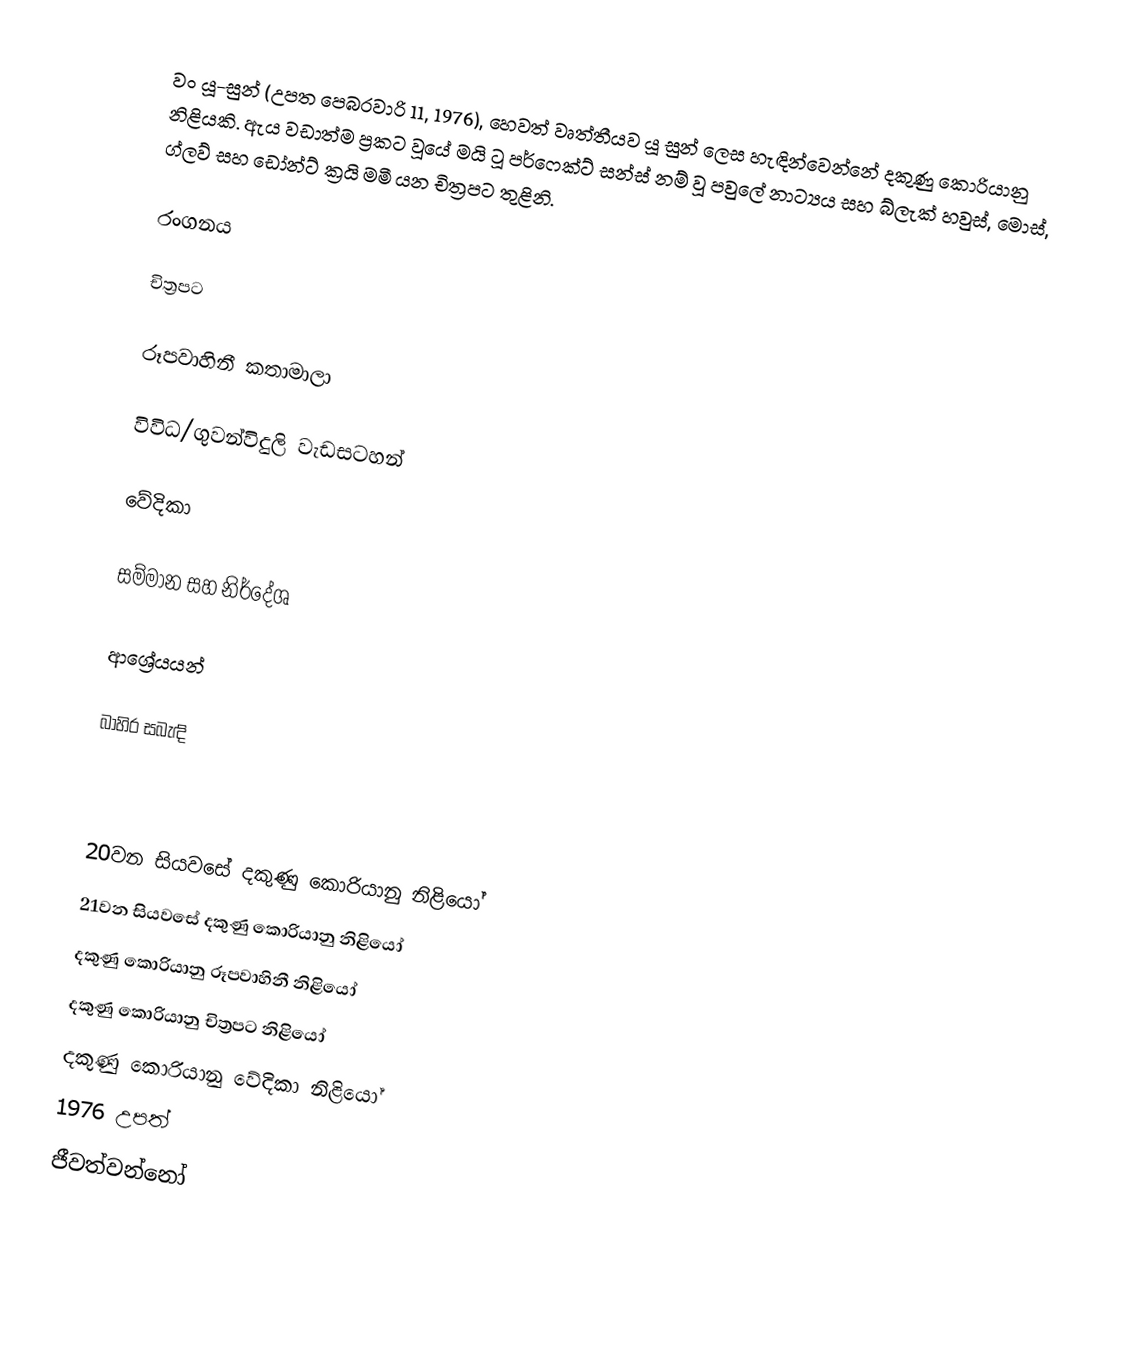
වං යූ-සුන් (උපත පෙබරවාරි 11, 1976), හෙවත් වෘත්තීයව යූ සුන් ලෙස හැඳින්වෙන්නේ දකුණු කොරියානු නිළියකි. ඇය වඩාත්ම ප්‍රකට වූයේ මයි ටූ පර්ෆෙක්ට් සන්ස් නම් වූ පවුලේ නාට්‍යය සහ බ්ලැක් හවුස්, මොස්, ග්ලව් සහ ඩෝන්ට් ක්‍රයි මමී යන චිත්‍රපට තුළිනි.

රංගනය

චිත්‍රපට

රූපවාහිනී කතාමාලා

විවිධ/ගුවන්විදුලි වැඩසටහන්

වේදිකා

සම්මාන සහ නිර්දේශ

ආශ්‍රේයයන්

බාහිර සබැඳි

20වන සියවසේ දකුණු කොරියානු නිළියෝ
21වන සියවසේ දකුණු කොරියානු නිළියෝ
දකුණු කොරියානු රූපවාහිනී නිළියෝ
දකුණු කොරියානු චිත්‍රපට නිළියෝ
දකුණු කොරියානු වේදිකා නිළියෝ
1976 උපත්
ජීවත්වන්නෝ